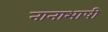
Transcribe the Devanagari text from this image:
नानाभाषी